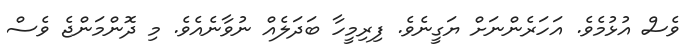
ވެސް އުޅުމެވެ. އަހަރެންނަށް ޔަގީނެވެ. ފިރިމީހާ ބަދަލެއް ނުވާނެއެވެ. މި ދޮންމަންޖެ ވެސް